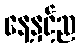
နေ့နှင့်ည